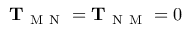
\mathbf { T } _ { \mathrm { ~ M ~ N ~ } } = \mathbf { T } _ { \mathrm { ~ N ~ M ~ } } = 0